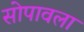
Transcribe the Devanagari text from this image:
सोपावला